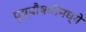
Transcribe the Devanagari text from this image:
पुष्पौषधीमध्ये